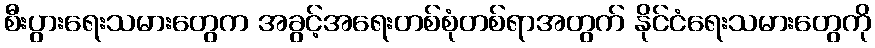
စီးပွားရေးသမားတွေက အခွင့်အရေးတစ်စုံတစ်ရာအတွက် နိုင်ငံရေးသမားတွေကို